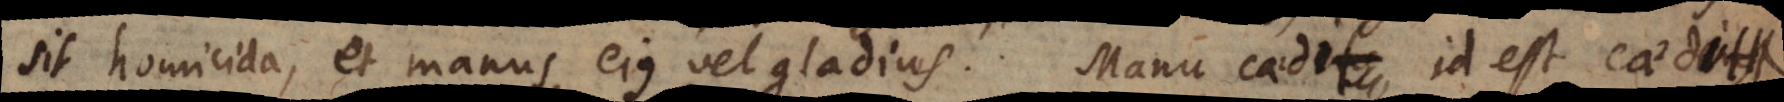
sit homicida, et manus ejus vel gladius. Manu caedit, id est caedit